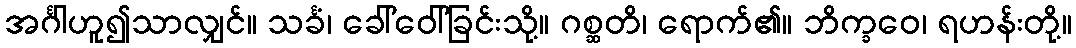
အင်္ဂါဟူ၍သာလျှင်။ သင်္ခံ၊ ခေါ်ဝေါ်ခြင်းသို့။ ဂစ္ဆတိ၊ ရောက်၏။ ဘိက္ခဝေ၊ ရဟန်းတို့။